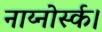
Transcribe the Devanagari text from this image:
नाय्नोर्स्क।